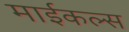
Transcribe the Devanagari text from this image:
माईकल्स